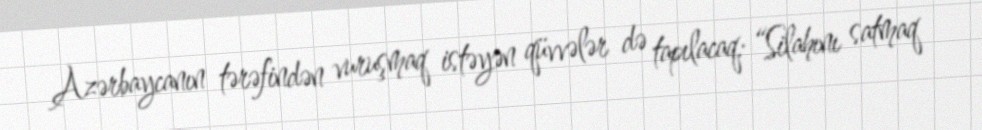
Azərbaycanın tərəfindən vuruşmaq istəyən qüvvələr də tapılacaq: “Silahını satmaq